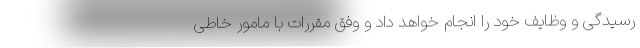
رسیدگی و وظایف خود را انجام خواهد داد و وفق مقررات با مامور خاطی